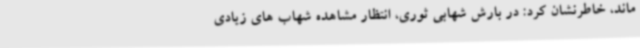
ماند، خاطرنشان کرد: در بارش شهابی ثوری، انتظار مشاهده شهاب های زیادی